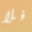
فلا